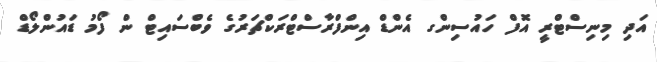
އަދި މިނިސްޓްރީ އޮފް ހައުސިންގ އެންޑް އިންފްރާސްޓްރަކްޗަރުގެ ވެބްސައިޓް ން ފޯމު ޑައުންލޯޑް